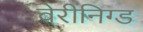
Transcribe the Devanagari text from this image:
वेरीनिग्ड